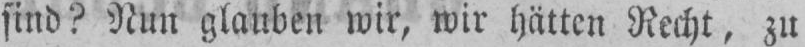
sind? Nun glauben wir, wir hätten Recht, zu